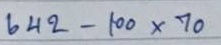
642 - 100 x 70